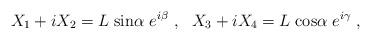
\begin{align*}X_1+iX_2 = L\; {\rm sin}\alpha \; e^{i\beta}\ , \ \ X_3 +iX_4 = L\; {\rm cos}\alpha \; e^{i\gamma}\ ,\end{align*}